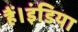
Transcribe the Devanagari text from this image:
हैं।इंडिया